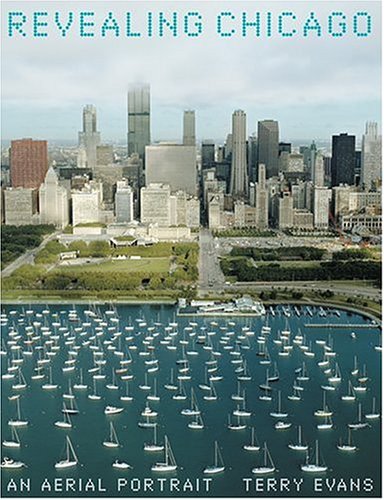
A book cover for Revealing Chicago: An Aerial Portrait; Terry Evans; Arts & Photography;